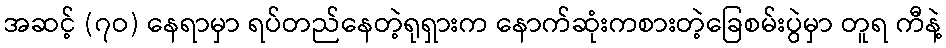
အဆင့် (၇ဝ) နေရာမှာ ရပ်တည်နေတဲ့ရုရှားက နောက်ဆုံးကစားတဲ့ခြေစမ်းပွဲမှာ တူရ ကီနဲ့